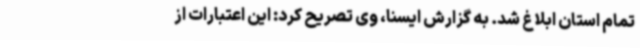
تمام استان ابلاغ شد. به گزارش ایسنا، وی تصریح کرد: این اعتبارات از